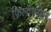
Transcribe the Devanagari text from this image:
फिलोक्सेरा